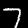
Label: 7